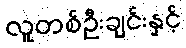
လူတစ်ဦးချင်းနှင့်